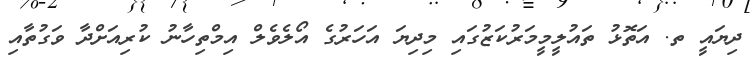
ދިޔައީ ތ. އަތޮޅު ތައުލީމީމަރުކަޒުގައި މިދިޔަ އަހަރުގެ އޯލެވެލް އިމްތިހާނު ކުރިއަށްދާ ވަގުތާއި